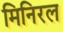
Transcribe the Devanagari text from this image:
मिनिरल